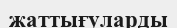
жаттығуларды